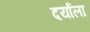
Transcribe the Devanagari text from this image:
दर्याला